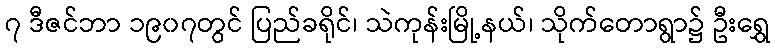
၇ ဒီဇင်ဘာ ၁၉၀၇တွင် ပြည်ခရိုင်၊ သဲကုန်းမြို့နယ်၊ သိုက်တောရွာ၌ ဦးရွှေ